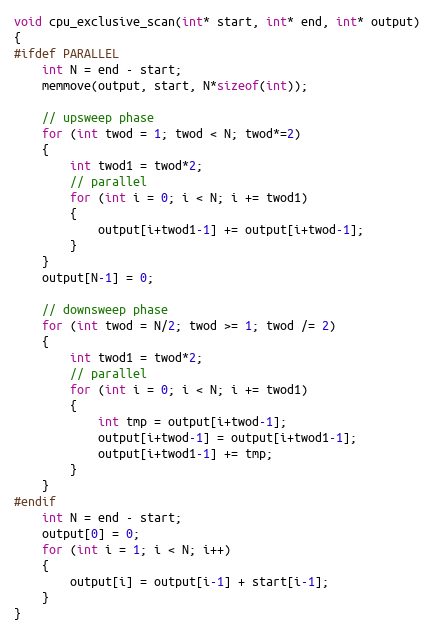
Language: C++
void cpu_exclusive_scan(int* start, int* end, int* output)
{
#ifdef PARALLEL
    int N = end - start;
    memmove(output, start, N*sizeof(int));

    // upsweep phase
    for (int twod = 1; twod < N; twod*=2)
    {
        int twod1 = twod*2;
        // parallel
        for (int i = 0; i < N; i += twod1)
        {
            output[i+twod1-1] += output[i+twod-1];
        }
    }
    output[N-1] = 0;

    // downsweep phase
    for (int twod = N/2; twod >= 1; twod /= 2)
    {
        int twod1 = twod*2;
        // parallel
        for (int i = 0; i < N; i += twod1)
        {
            int tmp = output[i+twod-1];
            output[i+twod-1] = output[i+twod1-1];
            output[i+twod1-1] += tmp;
        }
    }
#endif
    int N = end - start;
    output[0] = 0;
    for (int i = 1; i < N; i++)
    {
        output[i] = output[i-1] + start[i-1];
    }
}